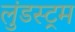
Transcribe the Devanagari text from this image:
लुंडस्ट्रम